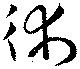
術